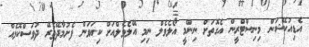
އެޑިއުކޭޝަން މިނިސްޓްރީން އެގޮތަށް ނިންމީ އޯލެވެލް ނިމި އޭލެވެލްއަށް ކިޔަވަން ފެށުމާދޭތެރޭ ދުވަސްކޮޅެއް